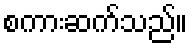
စကားဆက်သည်။